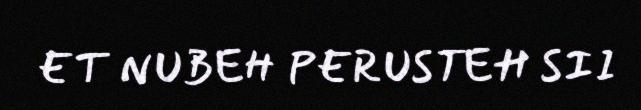
ET NUBEH PERUSTEH SII